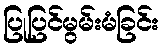
ပြုပြင်မွမ်းမံခြင်း